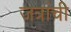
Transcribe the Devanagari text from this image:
जत्रांची